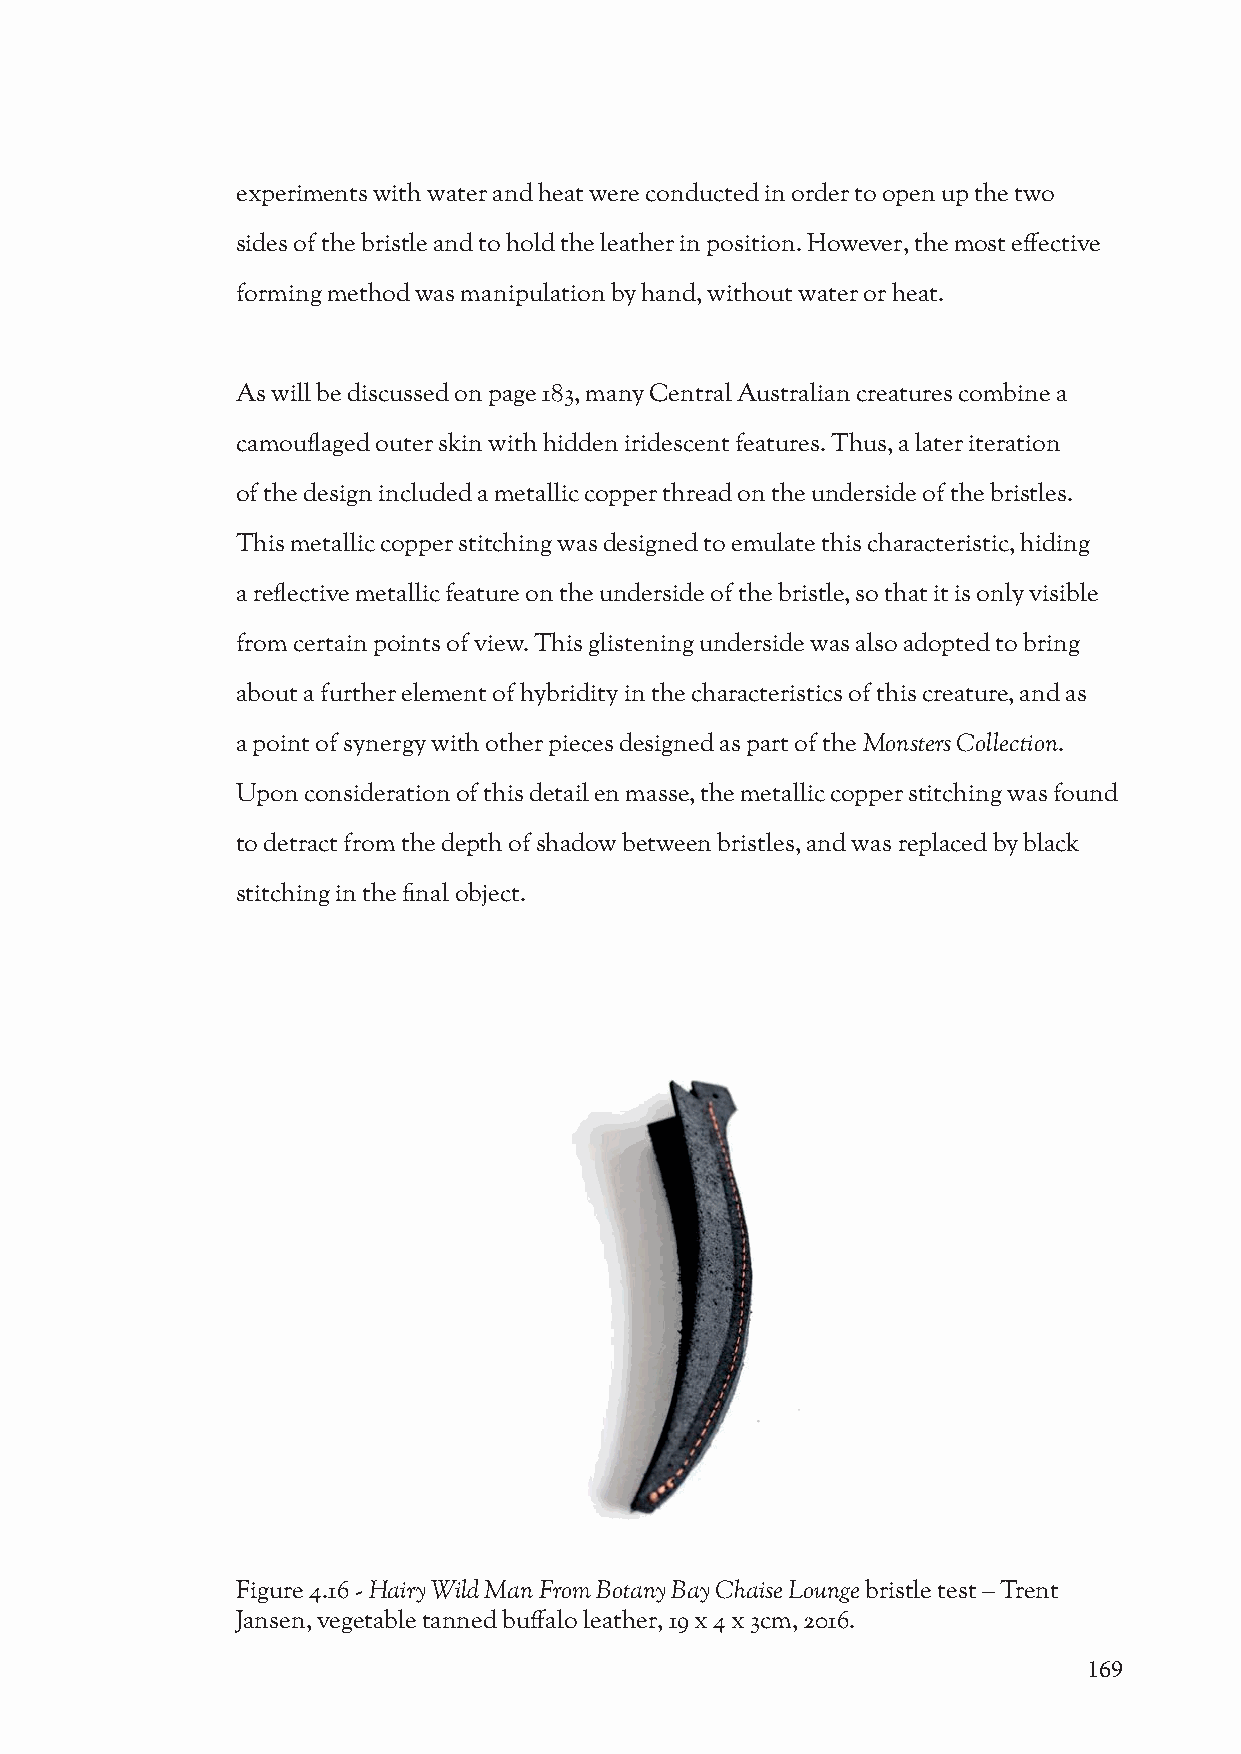
experiments with water and heat were conducted in order to open up the two
 sides of the bristle and to hold the leather in position. However, the most effective
 forming method was manipulation by hand, without water or heat.
 As will be discussed on page 183, many Central Australian creatures combine a
 camouflaged outer skin with hidden iridescent features. Thus, a later iteration
 of the design included a metallic copper thread on the underside of the bristles.
 This metallic copper stitching was designed to emulate this characteristic, hiding
 a reflective metallic feature on the underside of the bristle, so that it is only visible
 from certain points of view. This glistening underside was also adopted to bring
 about a further element of hybridity in the characteristics of this creature, and as
 a point of synergy with other pieces designed as part of the Monsters Collection.
 Upon consideration of this detail en masse, the metallic copper stitching was found
 to detract from the depth of shadow between bristles, and was replaced by black
 stitching in the final object.
 Figure 4.16 - Hairy Wild Man From Botany Bay Chaise Lounge bristle test – Trent
 Jansen, vegetable tanned buffalo leather, 19 x 4 x 3cm, 2016.
 169